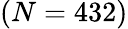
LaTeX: (N=432)